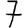
Digit: 7